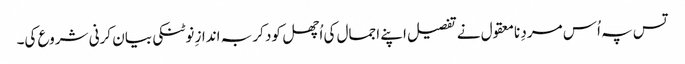
تس پہ اُس مردِ نامعقول نے تفصیل اپنے اجمال کی اُچھل کود کر بہ اندازِ نوٹنکی بیان کرنی شروع کی۔